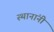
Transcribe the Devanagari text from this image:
स्थानांनी